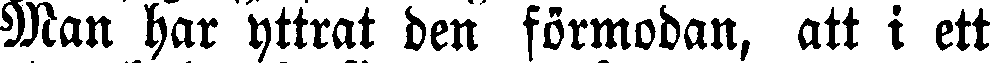
Man har yttrat den förmodan, att i ett